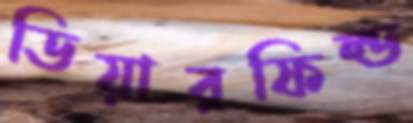
ডিয়ারফিল্ড